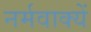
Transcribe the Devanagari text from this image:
नर्मवाक्यें